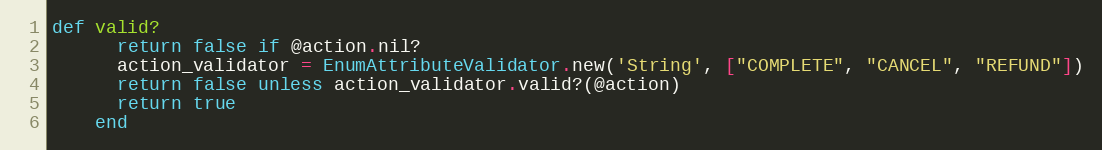
Language: Ruby
def valid?
      return false if @action.nil?
      action_validator = EnumAttributeValidator.new('String', ["COMPLETE", "CANCEL", "REFUND"])
      return false unless action_validator.valid?(@action)
      return true
    end